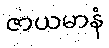
ဇာယမာနံ